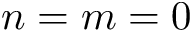
n = m = 0